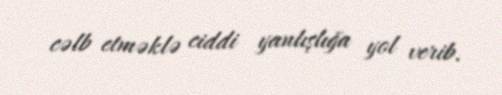
cəlb etməklə ciddi yanlışlığa yol verib.